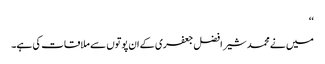
‘‘
میں نے محمد شیر افضل جعفری کے ان پوتوں سے ملاقات کی ہے۔